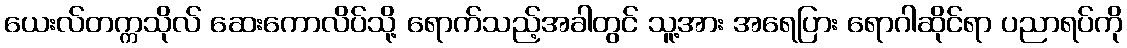
ယေးလ်တက္ကသိုလ် ဆေးကောလိပ်သို့ ရောက်သည့်အခါတွင် သူ့အား အရေပြား ရောဂါဆိုင်ရာ ပညာရပ်ကို